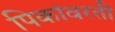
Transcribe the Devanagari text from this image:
पिकांवरती